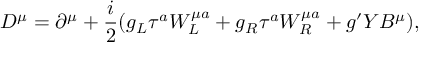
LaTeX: D ^ { \mu } = \partial ^ { \mu } + \frac { i } { 2 } ( g _ { L } \tau ^ { a } W _ { L } ^ { \mu a } + g _ { R } \tau ^ { a } W _ { R } ^ { \mu a } + g ^ { \prime } Y B ^ { \mu } ) ,